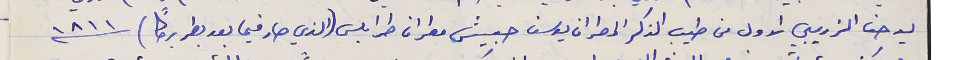
يوحنا الزريبي الاول من طيب الذكر المطران يوسف حبيش مطران طرابلس (الذي صار فيما بعد بطريركًا) سنة ١٨١١